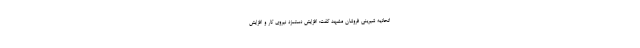
اتحادیه شیرینی ‌فروشان مشهد گفت: افزایش دستمزد نیروی کار و افزایش